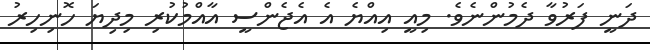
ދަނީ ފަރުވާ ދެމުންނެވެ. މިއީ އިއްޔެ އެ އެޖެންސީ އާއްމުކުރި މިދިޔަ ހޮނިހިރު